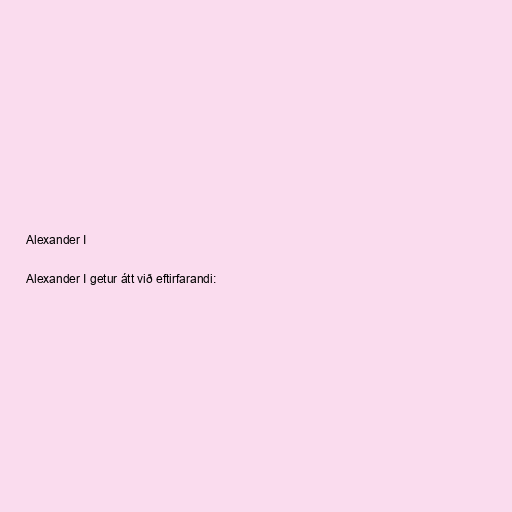
Alexander I

Alexander I getur átt við eftirfarandi: